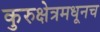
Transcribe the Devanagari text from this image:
कुरुक्षेत्रमधूनच